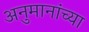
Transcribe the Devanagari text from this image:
अनुमानांच्या